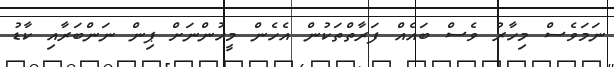
ނަމަވެސް މިހާރު ވެސް ބައެއް ފަރާތްތަކުން އެހެން މީހުންނަށް ޕިން ނަންބަރާއި ކާޑު